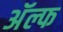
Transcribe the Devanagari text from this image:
अॅल्फ